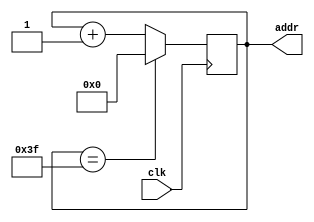
module count6b(clk, addr);
input clk;
output reg [5:0] addr;

always @(posedge clk) begin
		if (addr == 6'b111111) 
			addr <= 0;
		else
			addr <= addr+1;
end

endmodule